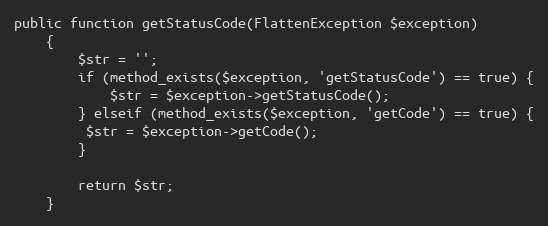
Language: PHP
public function getStatusCode(FlattenException $exception)
    {
        $str = '';
        if (method_exists($exception, 'getStatusCode') == true) {
            $str = $exception->getStatusCode();
        } elseif (method_exists($exception, 'getCode') == true) {
         $str = $exception->getCode();
        }

        return $str;
    }